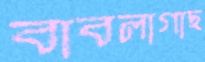
বাবলাগাছ